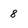
Character: 8